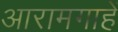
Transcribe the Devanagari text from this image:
आरामगाहें